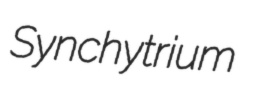
Synchytrium